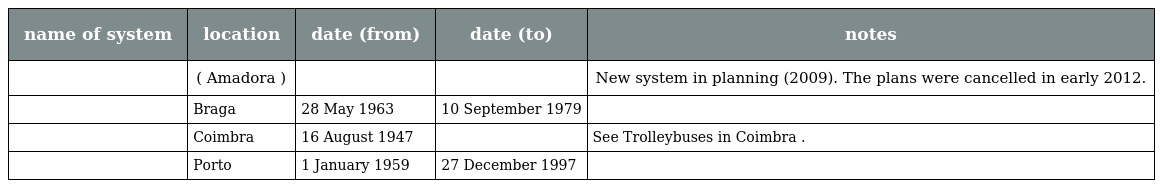
| name of system | location | date (from) | date (to) | notes |
 | --- | --- | --- | --- | --- |
 |  | ( Amadora ) |  |  | New system in planning (2009). The plans were cancelled in early 2012. |
 |  | Braga | 28 May 1963 | 10 September 1979 |  |
 |  | Coimbra | 16 August 1947 |  | See Trolleybuses in Coimbra . |
 |  | Porto | 1 January 1959 | 27 December 1997 |  |